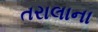
તરાલાના